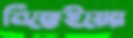
নিক্কেইয়ের